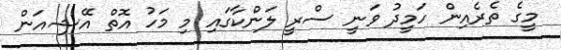
މީގެ ތެރެއިން ހަމީދު ވަނީ ސްރީ ލަންކާގައި މި މަހު އޮތް އޭޝިއަން